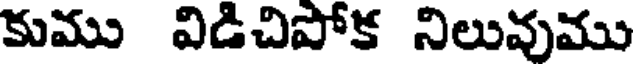
కుము విడిచిపోక నిలువుము